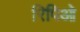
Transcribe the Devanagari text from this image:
रिपिओ